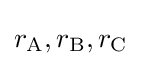
r_{\text{A}},r_{\text{B}},r_{\text{C}}